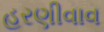
હરણીવાવ